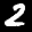
Label: 2